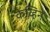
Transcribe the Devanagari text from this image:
केव्हिने